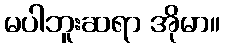
မပါဘူးဆရာ အိုမာ။